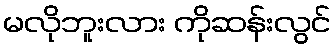
မလိုဘူးလား ကိုဆန်းလွင်